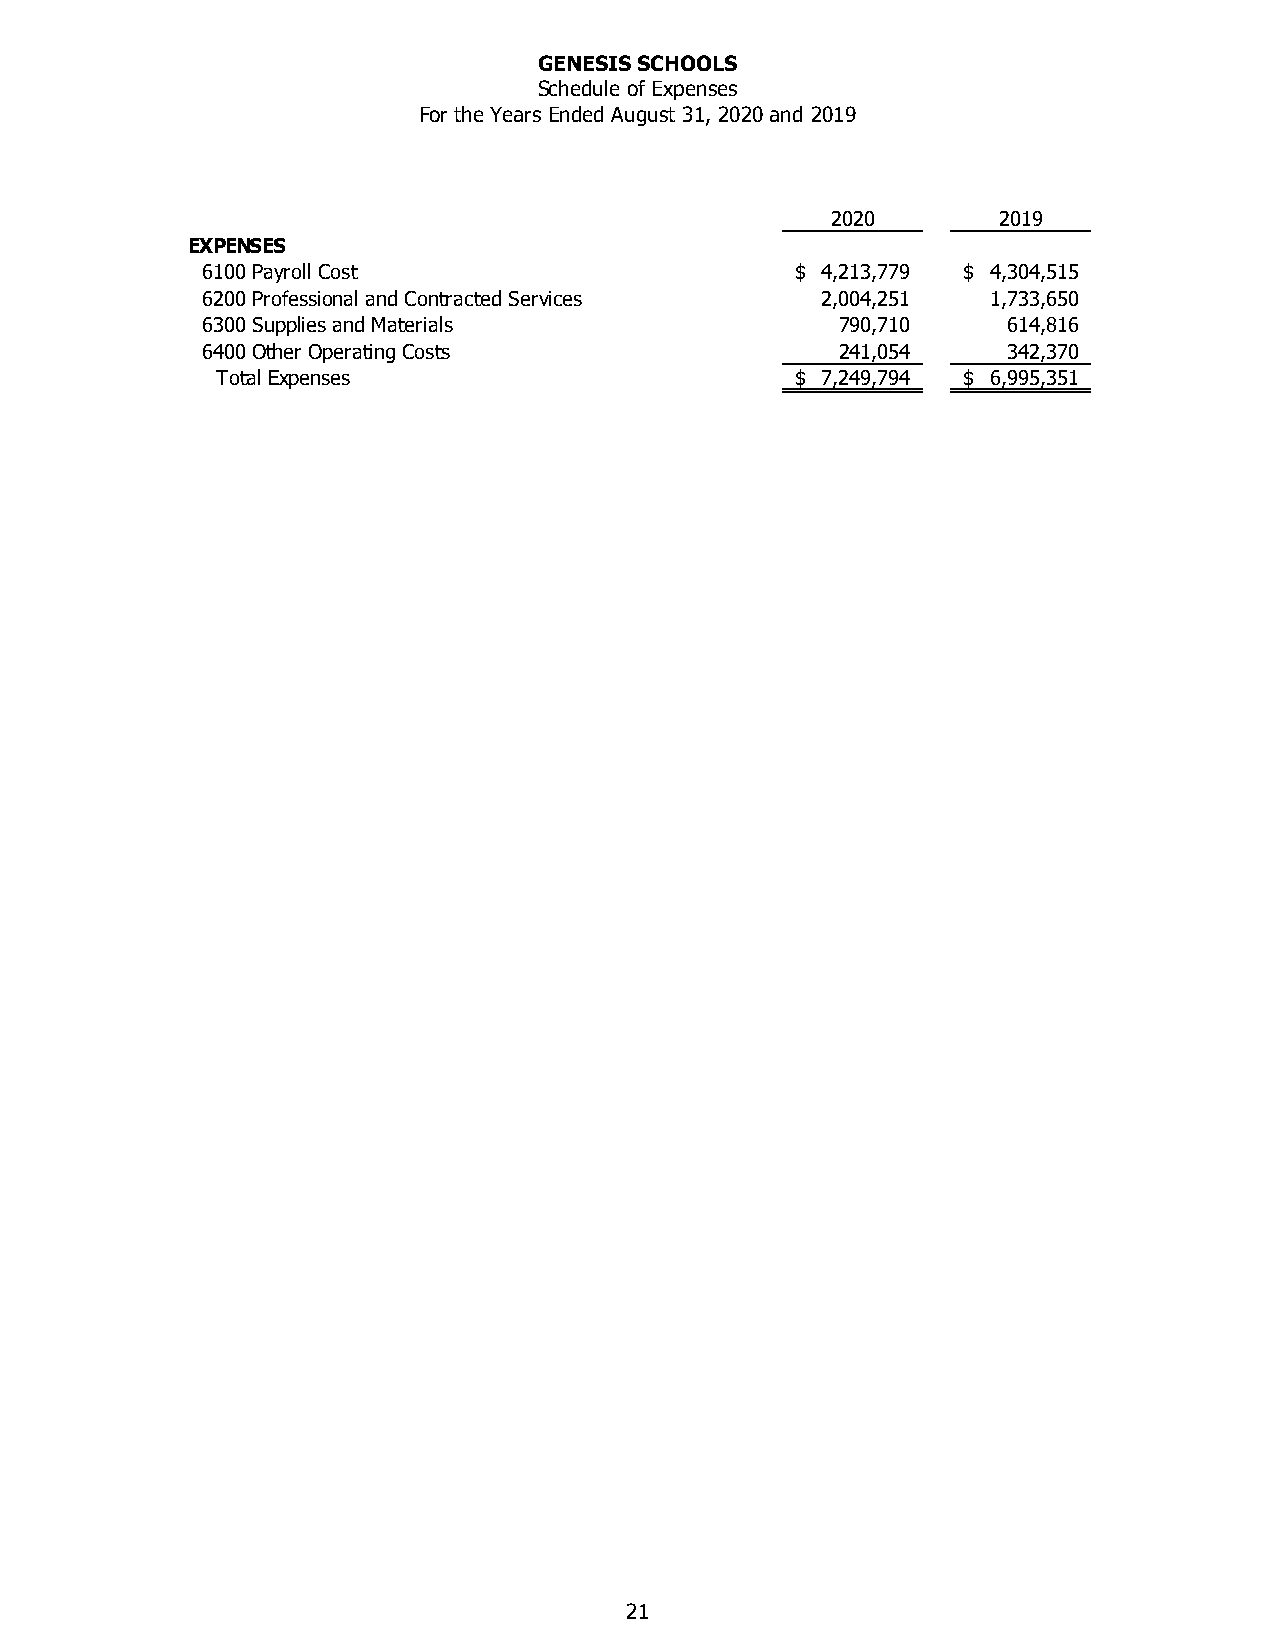
GENESIS SCHOOLS
 Schedule of Expenses
 For the Years Ended August 31, 2020 and 2019
 2020       2019
 EXPENSES
 6100 Payroll Cost                       $ 4,213,779 $ 4,304,515
 6200 Professional and Contracted Services 2,004,251  1,733,650
 6300 Supplies and Materials                790,710    614,816
 6400 Other Operating Costs                 241,054    342,370
 Total Expenses                         $ 7,249,794 $ 6,995,351
 21